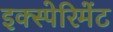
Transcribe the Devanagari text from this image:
इक्स्पेरिमेंट